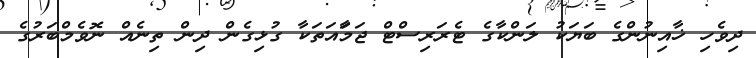
ދިވެހި ޚާއިނުންގެ ބަޔަކު ލަންކާގެ ޓެރަރިސްޓް ޖަމަާއަތަކާ ގުޅިގެން ދިން ތިނެއް ނޮވެމްބަރުގެ